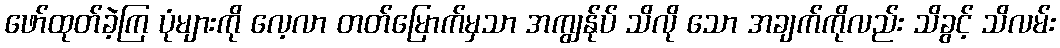
ဖော်ထုတ်ခဲ့ကြ ပုံများကို လေ့လာ တတ်မြောက်မှသာ အကျွန်ုပ် သိလို သော အချက်ကိုလည်း သိခွင့် သိလမ်း